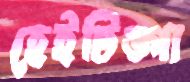
হেইটিঙ্গা